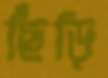
ছিঁড়ি